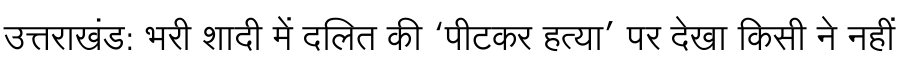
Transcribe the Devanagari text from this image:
उत्तराखंड: भरी शादी में दलित की ‘पीटकर हत्या’ पर देखा किसी ने नहीं